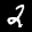
Label: 2